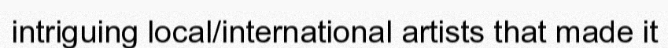
intriguing local/international artists that made it